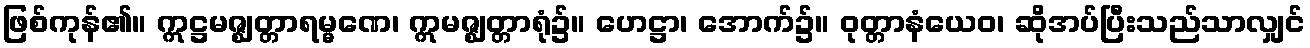
ဖြစ်ကုန်၏။ ဣဋ္ဌမဇ္ဈတ္တာရမ္မဏေ၊ ဣမဇ္ဈတ္တာရုံ၌။ ဟေဋ္ဌာ၊ အောက်၌။ ဝုတ္တာနံယေဝ၊ ဆိုအပ်ပြီးသည်သာလျှင်